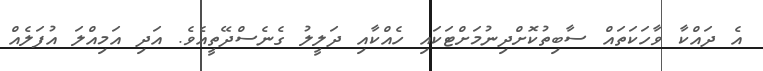
އެ ދައްކާ ވާހަކަތައް ސާބިތުކޮށްދިނުމަށްޓަކައި ހެއްކާއި ދަލީލު ގެނެސްދޭތީއެވެ. އަދި އަމިއްލަ އުފަލެއް